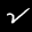
Label: 2